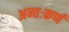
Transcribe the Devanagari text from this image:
अन्तःकर्ण